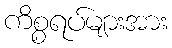
ကိစ္စရပ်များအား